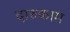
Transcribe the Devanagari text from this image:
दारुकाम